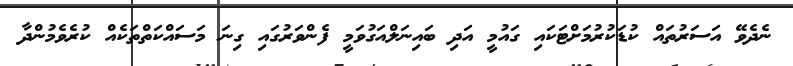
ނެދެވޭ އަސަރުތައް ކުޑަކުރުމަށްޓަކައި ގައުމީ އަދި ބައިނަލްއަގުވަމީ ފެންވަރުގައި ގިނަ މަސައްކަތްތަކެއް ކުރެވެމުންދާ